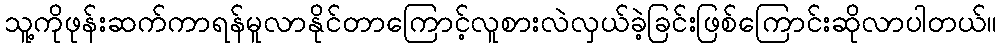
သူ့ကိုဖုန်းဆက်ကာရန်မူလာနိုင်တာကြောင့်လူစားလဲလှယ်ခဲ့ခြင်းဖြစ်ကြောင်းဆိုလာပါတယ်။